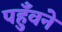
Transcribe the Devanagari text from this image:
पहुँवने